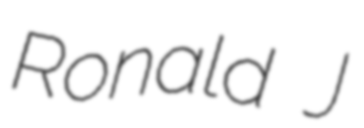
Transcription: Ronald J